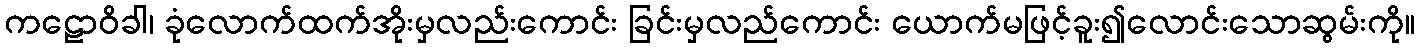
ကဠောဝိခါ၊ ခုံလောက်ထက်အိုးမှလည်းကောင်း ခြင်းမှလည်ကောင်း ယောက်မဖြင့်ခူး၍လောင်းသောဆွမ်းကို။